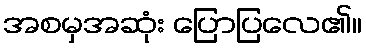
အစမှအဆုံး ပြောပြလေ၏။